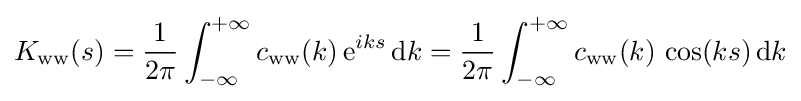
K_{\text{ww}}(s)={\frac {1}{2\pi }}\int _{-\infty }^{+\infty }c_{\text{ww}}(k)\,{\text{e}}^{iks}\,{\text{d}}k={\frac {1}{2\pi }}\int _{-\infty }^{+\infty }c_{\text{ww}}(k)\,\cos(ks)\,{\text{d}}k